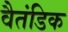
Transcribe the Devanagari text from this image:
वैतंडिक